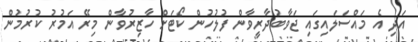
އަދި އެ މައްސަލައިގައި ޖަވާބުދާރީވާން ފުލުހުން ކޯޓަށް ހާޒިރުވާން މިރޭ އަމުރު ކުރުމުން